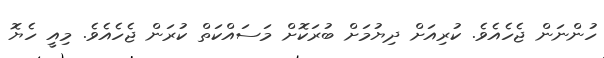
ހުންނަން ޖެހެއެވެ. ކުރިއަށް ދިޔުމަށް ބުރަކޮށް މަސައްކަތް ކުރަން ޖެހެއެވެ. މިއީ ހެޔޮ